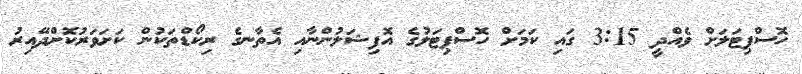
ހޮސްޕިޓަލަށް ވެއްދީ 3:15 ގައި ކަމަށް ހޮސްޕިޓަލުގެ އޮފިޝަލުންނާއި އެތާނގެ ރިކޯޑްތަކުން ކަށަވަރުކޮށްދޭއިރު